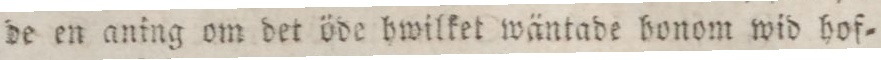
de en aning om det öde hwilket wäntade honom wid hof=